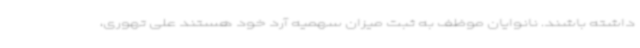
داشته باشند. نانوایان موظف به ثبت میزان سهمیه آرد خود هستند علی تهوری،